Civil Veterinary Department. Madras. Admin. report 1926-33 - 1926-1933
Year: 1926
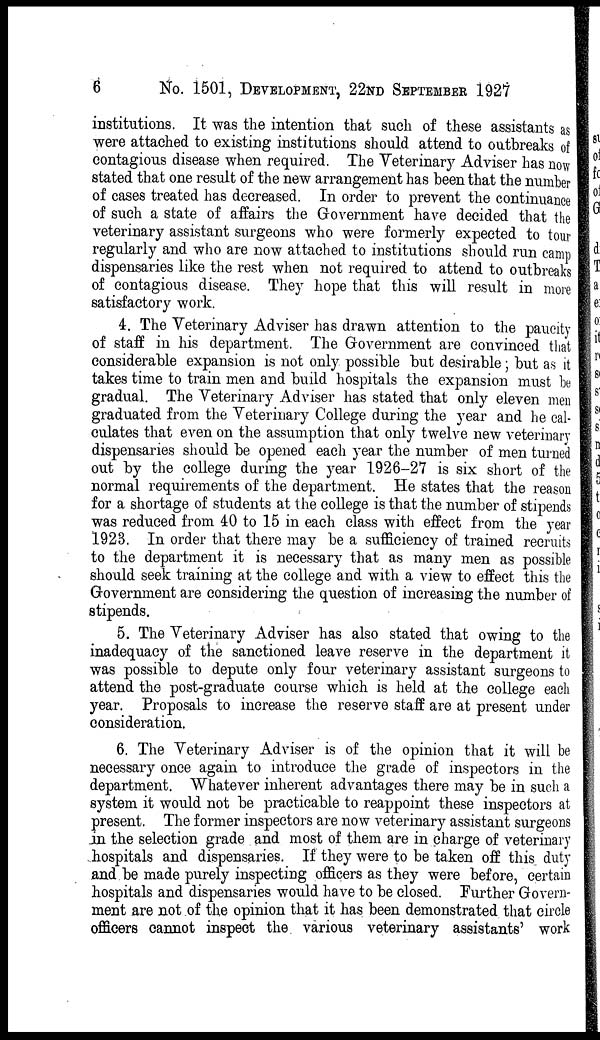
6
No. 1501, DEVELOPMENT, 22ND SEPTEMBER 1927
institutions. It was the intention that such of these assistants as
were attached to existing institutions should attend to outbreaks of
contagious disease when required. The Veterinary Adviser has now-
stated that one result of the new arrangement has been that the number
of cases treated has decreased. In order to prevent the continuance
of such a state of affairs the Government have decided that the
veterinary assistant surgeons who were formerly expected to tour
regularly and who are now attached to institutions should run camp
dispensaries like the rest when not required to attend to outbreaks
of contagious disease. They hope that this will result in more
satisfactory work.
4. The Veterinary Adviser has drawn attention to the paucity
of staff in his department, The Government are convinced that
considerable expansion is not only possible but desirable ; but as it
takes time to train men and build hospitals the expansion must be
gradual. The Veterinary Adviser has stated that only eleven men
graduated from the Veterinary College during the year and he cal-
culates that even on the assumption that only twelve new veterinary
dispensaries should be opened each year the number of men turned
out by the college during the year 1926-27 is six short of the
normal requirements of the department. He states that the reason
for a shortage of students at the college is that the number of stipends
was reduced from 40 to 15 in each class with effect from the year
1923. In order that there may be a sufficiency of trained recruits
to the department it is necessary that as many men as possible
should seek training at the college and with a view to effect this the
Government are considering the question of increasing the number of
stipends.
5. The Veterinary Adviser has also stated that owing to the
inadequacy of the sanctioned leave reserve in the department it
was possible to depute only four veterinary assistant surgeons to
attend the post-graduate course which is held at the college each
year. Proposals to increase the reserve staff are at present under
consideration.
6. The Veterinary Adviser is of the opinion that it will be
necessary once again to introduce the grade of inspectors in the
department. Whatever inherent advantages there may be in such a
system it would not be practicable to reappoint these inspectors at
present. The former inspectors are now veterinary assistant surgeons
in the selection grade and most of them are in charge of veterinary
hospitals and dispensaries. If they were to be taken off this duty
and be made purely inspecting officers as they were before, certain
hospitals and dispensaries would have to be closed. Further Govern-
ment are not of the opinion that it has been demonstrated that circle
officers cannot inspect the various veterinary assistants' work